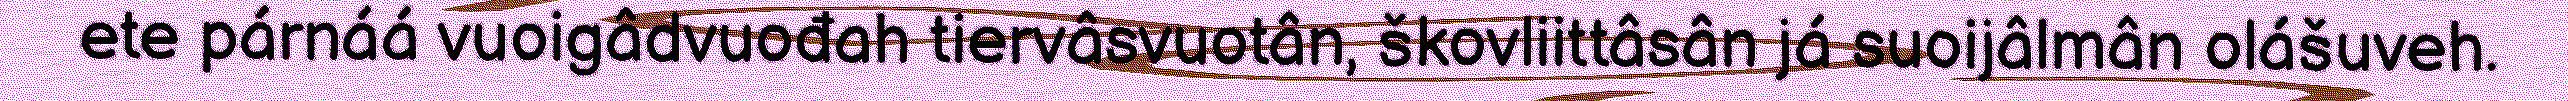
ete párnáá vuoigâdvuođah tiervâsvuotân, škovliittâsân já suoijâlmân olášuveh.